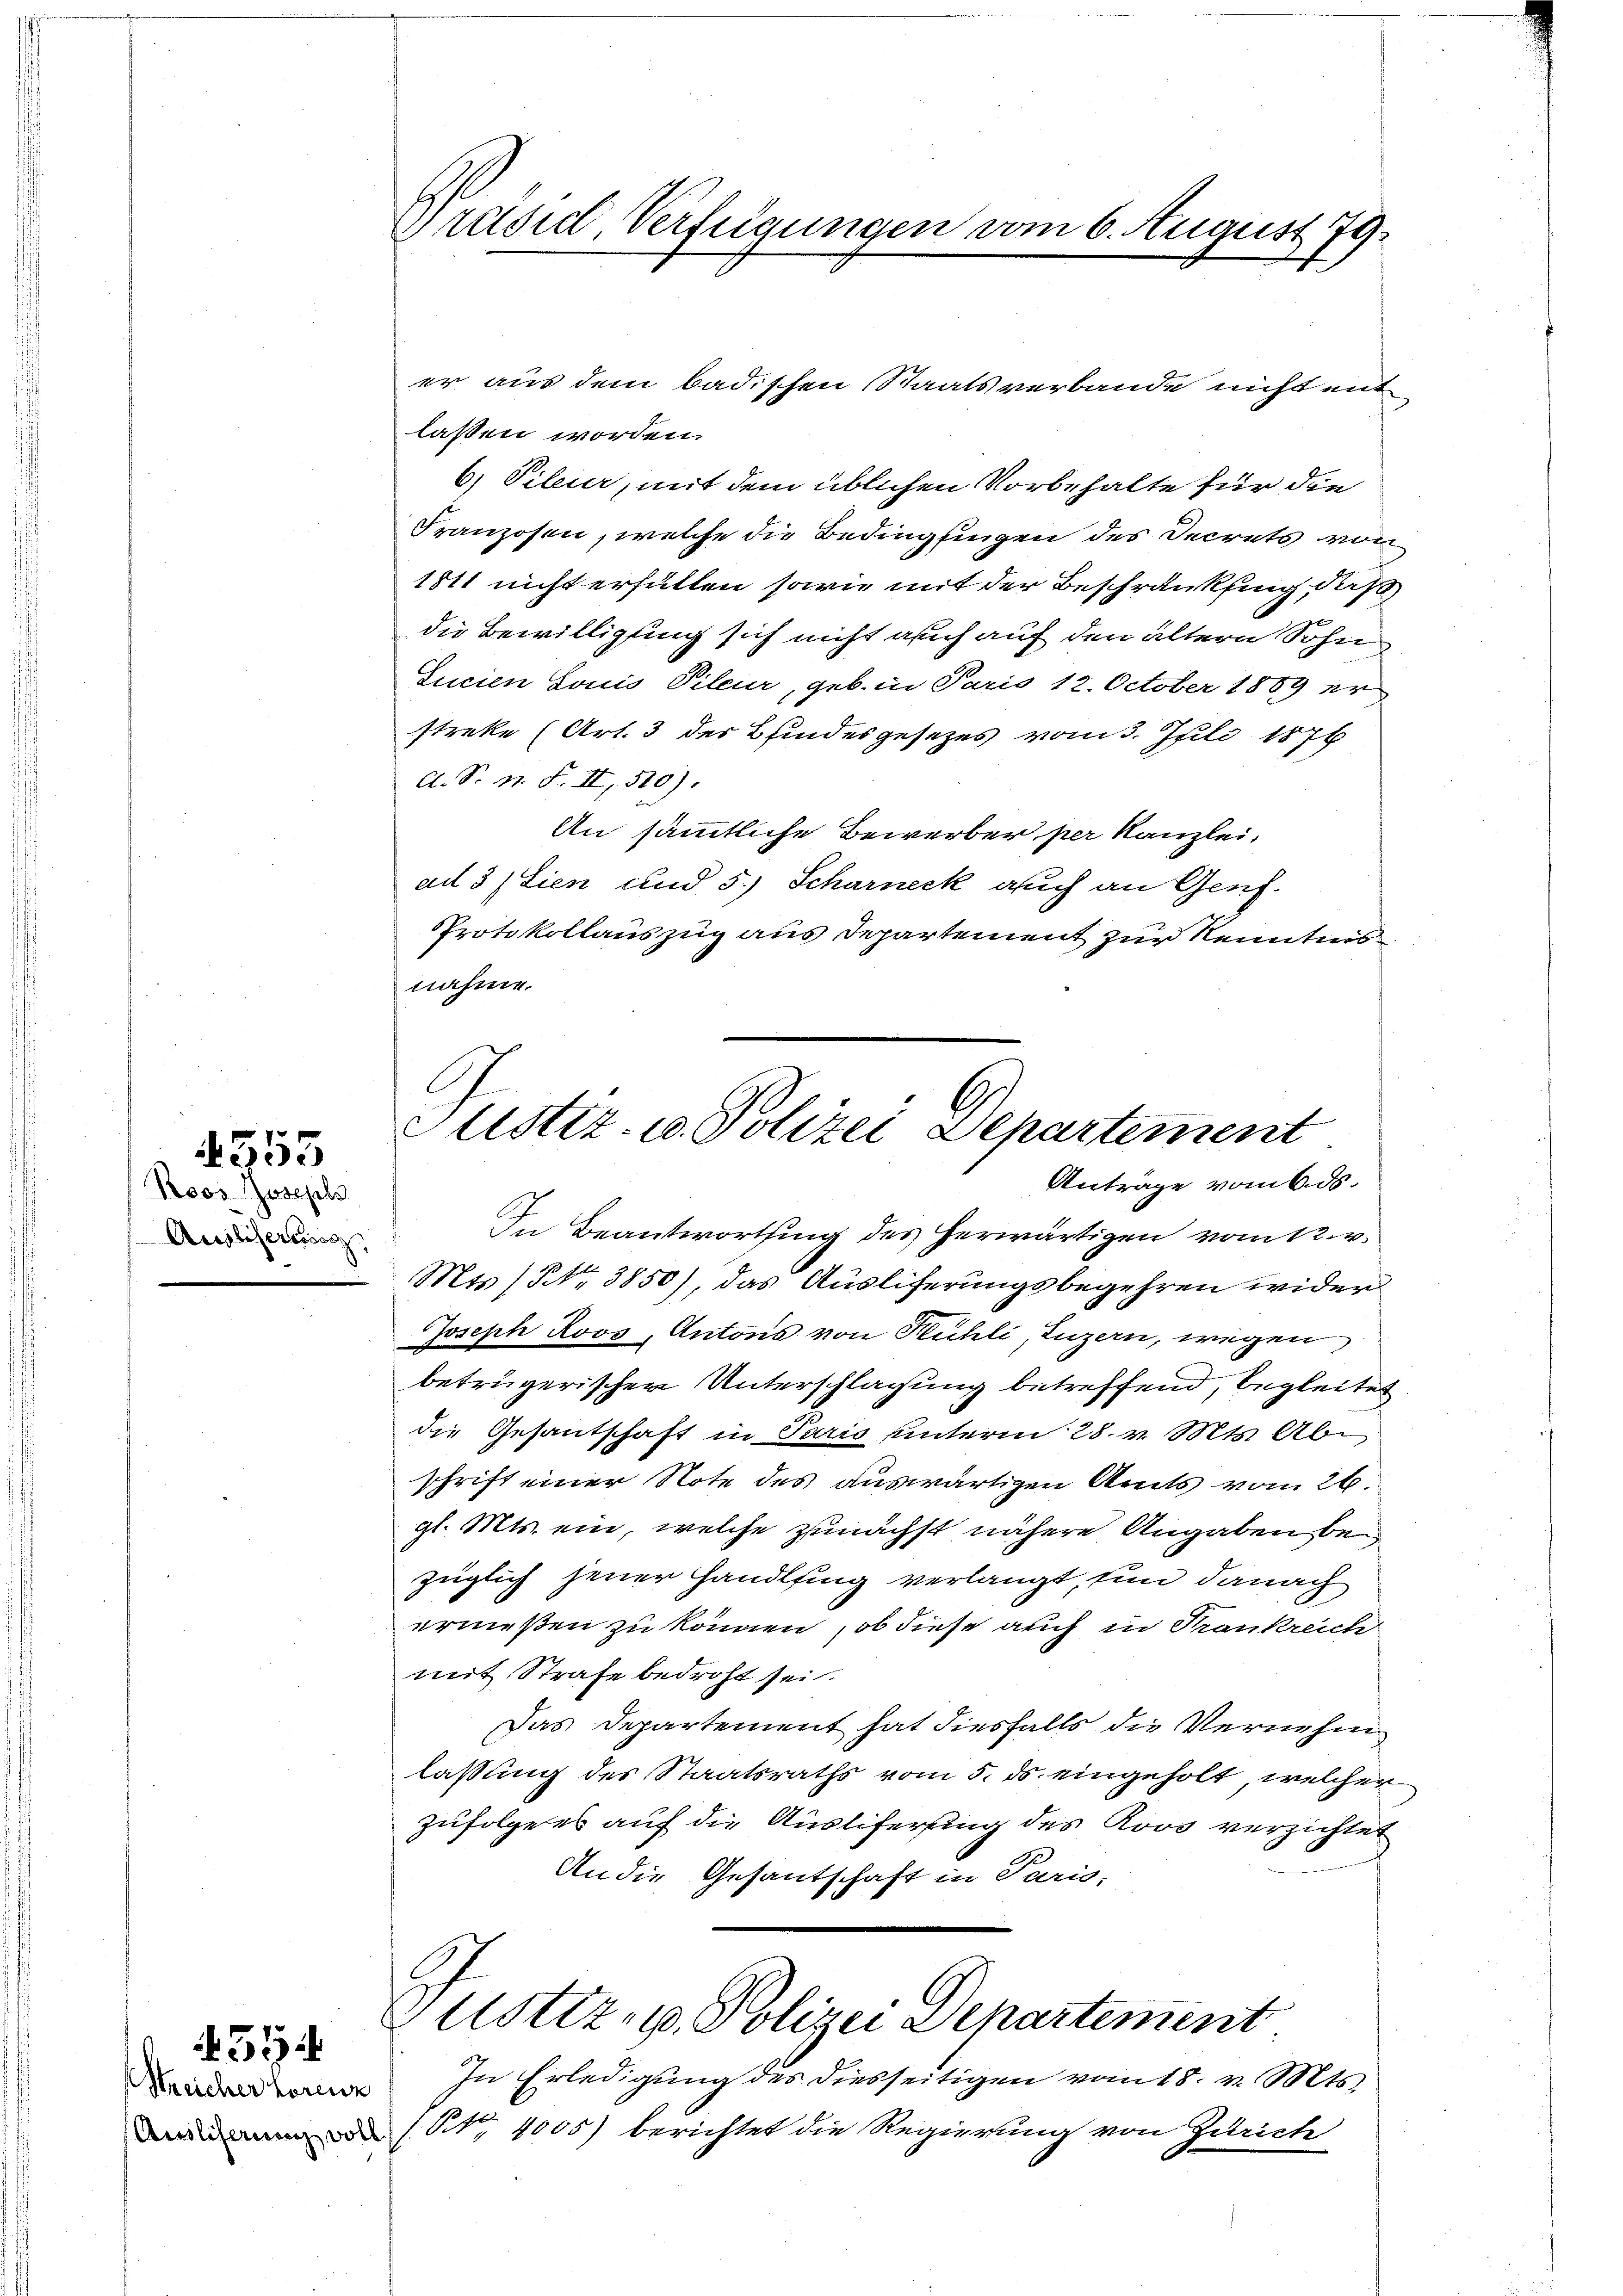
Präsid, Verfügungen vom 6. August 79.

er aus dem badischen Staatsverbande nicht mit
lassen worden.
6) Pileur, mit dem üblichen Vorbehalte für die
Franzosen, welche die Bedingfingen des Decrets von
1811 nicht erfüllen sowie mit der Beschränkung, daß
die Bewilligung sich nicht auch auf den ältern Sohn
Sucien Louis Pileur, geb. in Paris 12. October 1889 er
streke (Art. 3 der Blindesgesetzes vom 3. Juli 1876
A. S. N. F. II, 510).
An sämmtliche Bewerber per Kanzlei,
ad 3 (Lien und 5.) Scharneck auch an Genf.
Protokollauszug aus Departement zur Kenntnis
nahme.

Justiz- u. Polizei Departement
Antrage vom 6. ds.

Roos Joseph
Ausliseries,

4555

In Beantwortung des herwärtigen vom 12. v.
Mts (Nr. 3850), das Ausliferungsbegehren wider
Joseph Roos, Antons von Kühli, Luzern, wegen
betrügerischer Unterschlagung betreffend, begleitet
die Gesantschaft in Paris unterm 28. v. Mts. Abe
schrift einer Note des auswärtigen Amts vom 26.
gl. Mts. ein, welche zunächst nähere Angaben bezüglich jener Handlsing verlangt, sind danach
ernießen zu können, ob diese auch in Krankreich
mit Strafe bedroht sei.
Das Departement hat diesfalls die Vernehm
lassung des Staatsraths vom 5. ds. eingeholt, welcher
zufolge es auf die Ausliferung des Roos verzichtet
An die Gesantschaft in Paris-
Justiz- u. Polizei Departement
In Erledigung des diesseitigen vom 18. v. Mts.
 (No 1005) berichtet die Regierung von Zutrich

51

Streicher Lorenz